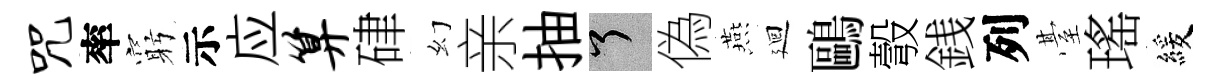
咒率窮示应算硉幻亲抽了偽燕廻鷗彀銭列䑓瑤緩